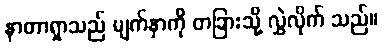
နာတာရှာသည် မျက်နှာကို တခြားသို့ လွှဲလိုက် သည်။